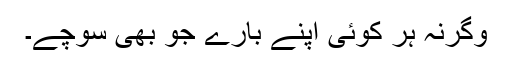
وگرنہ ہر کوئی اپنے بارے جو بھی سوچے۔